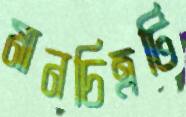
মানচিত্রটি